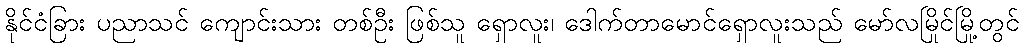
နိုင်ငံခြား ပညာသင် ကျောင်းသား တစ်ဦး ဖြစ်သူ ရှောလူး၊ ဒေါက်တာမောင်ရှောလူးသည် မော်လမြိုင်မြို့တွင်